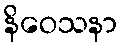
နိဝေသနာ